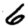
Digit: 6